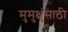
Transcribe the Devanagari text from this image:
मुमुक्षुंसाठी